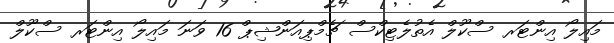
މައިލޯ އިންޓަރ ސްކޫލް އެތުލެޓިކްސް ޗެމްޕިއަންޝިޕް 16 ވަނަ މައިލޯ އިންޓަރ ސްކޫލް